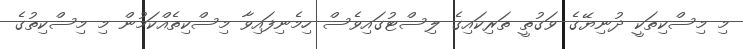
މި މިސްކިތަކީ ދުނިޔޭގެ ވަގުތީ ތަރިކައިގެ ލިސްޓުގައިވެސް ހިމެނިފައިވާ މިސްކިތެއްކަމުން މި މިސްކިތުގެ